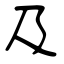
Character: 及